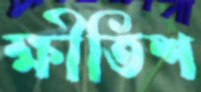
ক্ষীতিশ